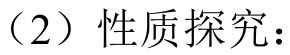
（2）性质探究：